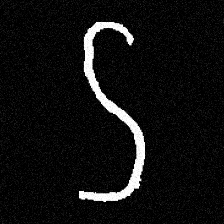
Pyu character \u2014 Myanmar letter: ဌ (romanized: ttha)